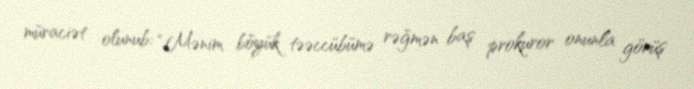
müraciət olunub: “Mənim böyük təəccübümə rəğmən baş prokuror onunla görüş